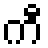
ကီ